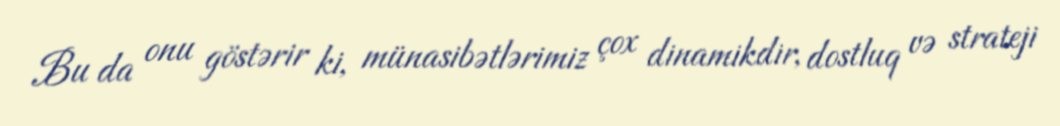
Bu da onu göstərir ki, münasibətlərimiz çox dinamikdir, dostluq və strateji